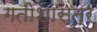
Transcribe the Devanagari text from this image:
गतीशास्त्र